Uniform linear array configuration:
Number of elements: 48
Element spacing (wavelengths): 0.25
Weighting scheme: uniform
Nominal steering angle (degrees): -30
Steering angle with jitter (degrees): -28.846
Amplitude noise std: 0.05
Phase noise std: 0.05

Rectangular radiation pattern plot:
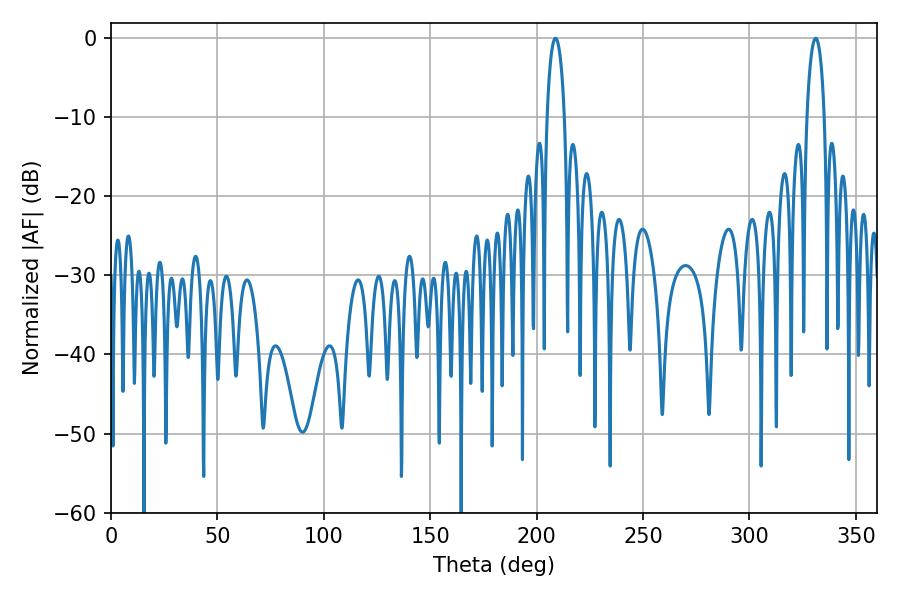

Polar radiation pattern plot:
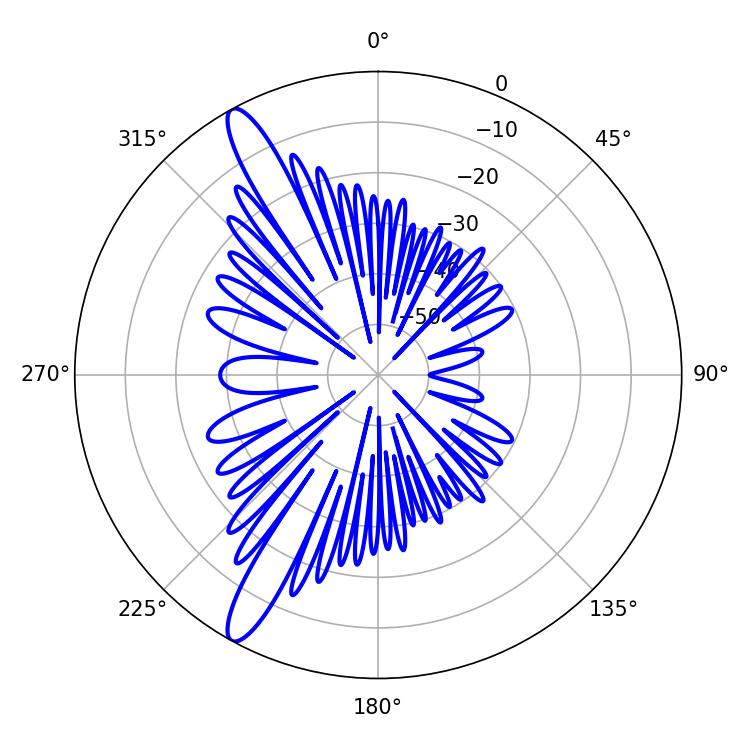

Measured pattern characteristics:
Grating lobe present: FALSE
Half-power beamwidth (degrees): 4.5
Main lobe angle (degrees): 208.8